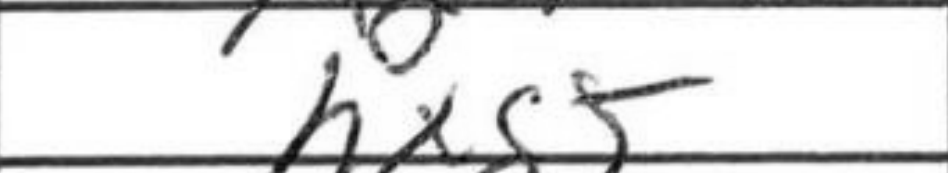
Transcription: hxg5